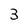
Character: 3